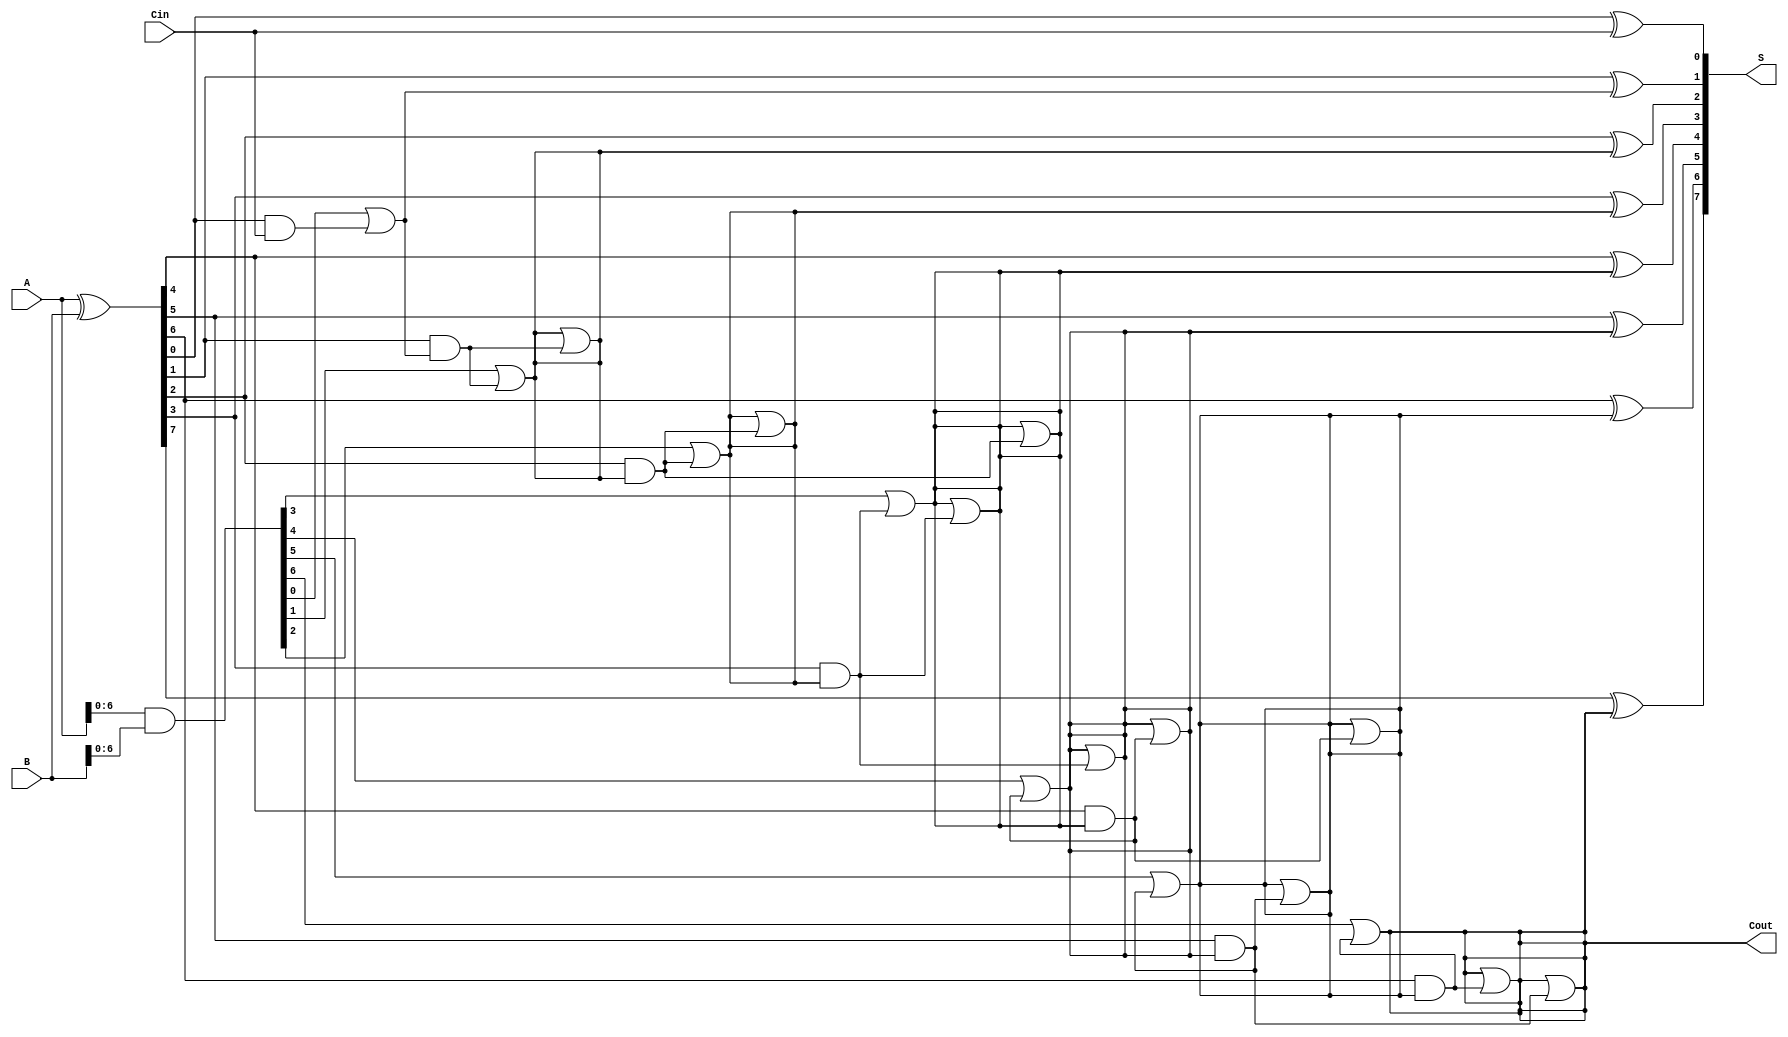
module KoggeStoneAdder #(
    parameter n = 8 // Width of the inputs
) (
    input  wire [n-1:0] A,    // Input A
    input  wire [n-1:0] B,    // Input B
    input  wire         Cin,   // Carry-in
    output wire [n-1:0] S,     // Sum output
    output wire         Cout    // Carry-out
);

    // Generate and Propagate signals
    wire [n-1:0] G; // Generate
    wire [n-1:0] P; // Propagate

    // Generate and Propagate calculations
    assign G = A & B;
    assign P = A ^ B;

    // Carry signals array
    wire [n:0] C; // Carry signals (C[0] = Cin, C[1] to C[n-1] = carry bits)
    assign C[0] = Cin;

    // Kogge-Stone Carry Generation
    genvar i, j;
    generate
        // Level 1 (direct connections)
        for (i = 0; i < n; i = i + 1) begin
            if (i > 0) begin
                assign C[i] = G[i-1] | (P[i-1] & C[i-1]);
            end
        end

        // Nested generate for multi-level Kogge-Stone
        for (j = 1; j < n; j = j + 1) begin
            for (i = 0; i < n; i = i + 1) begin
                if (i >= (1 << j)) begin
                    assign C[i] = C[i] | (P[i - (1 << (j-1))] & C[i - (1 << (j-1))]);
                end
            end
        end
    endgenerate

    // Sum calculation
    genvar k;
    generate
        for (k = 0; k < n; k = k + 1) begin
            assign S[k] = P[k] ^ C[k];
        end
    endgenerate

    // Carry-out
    assign Cout = C[n-1];

endmodule